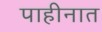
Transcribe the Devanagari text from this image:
पाहीनात